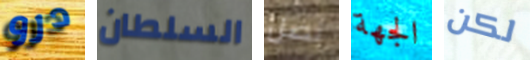
درو السلطان نصل الجهة لكن